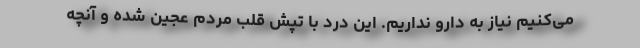
می‌کنیم نیاز به دارو نداریم. این درد با تپش قلب مردم عجین شده و آنچه